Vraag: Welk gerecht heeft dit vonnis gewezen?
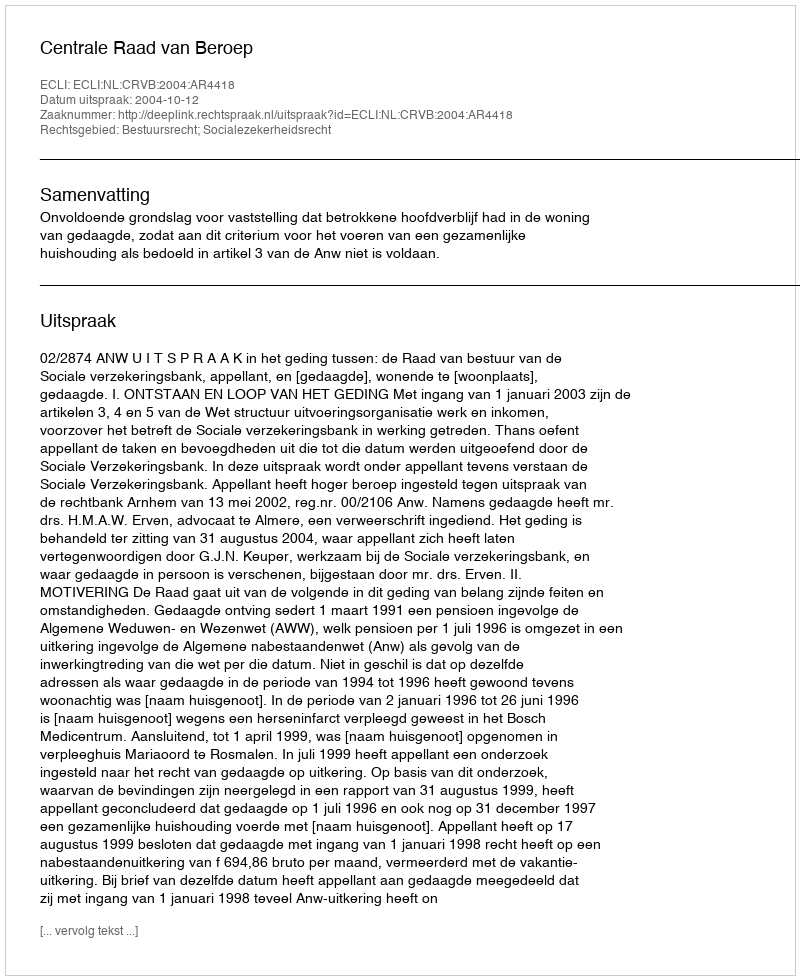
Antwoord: Centrale Raad van Beroep